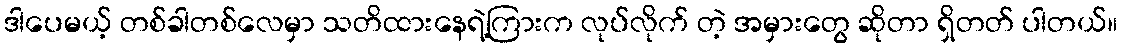
ဒါပေမယ့် တစ်ခါတစ်လေမှာ သတိထားနေရဲ့ကြားက လုပ်လိုက် တဲ့ အမှားတွေ ဆိုတာ ရှိတတ် ပါတယ်။